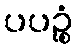
ပပဉ္စံ